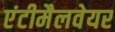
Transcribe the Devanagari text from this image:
एंटीमैलवेयर